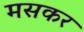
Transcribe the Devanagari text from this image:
मसकर